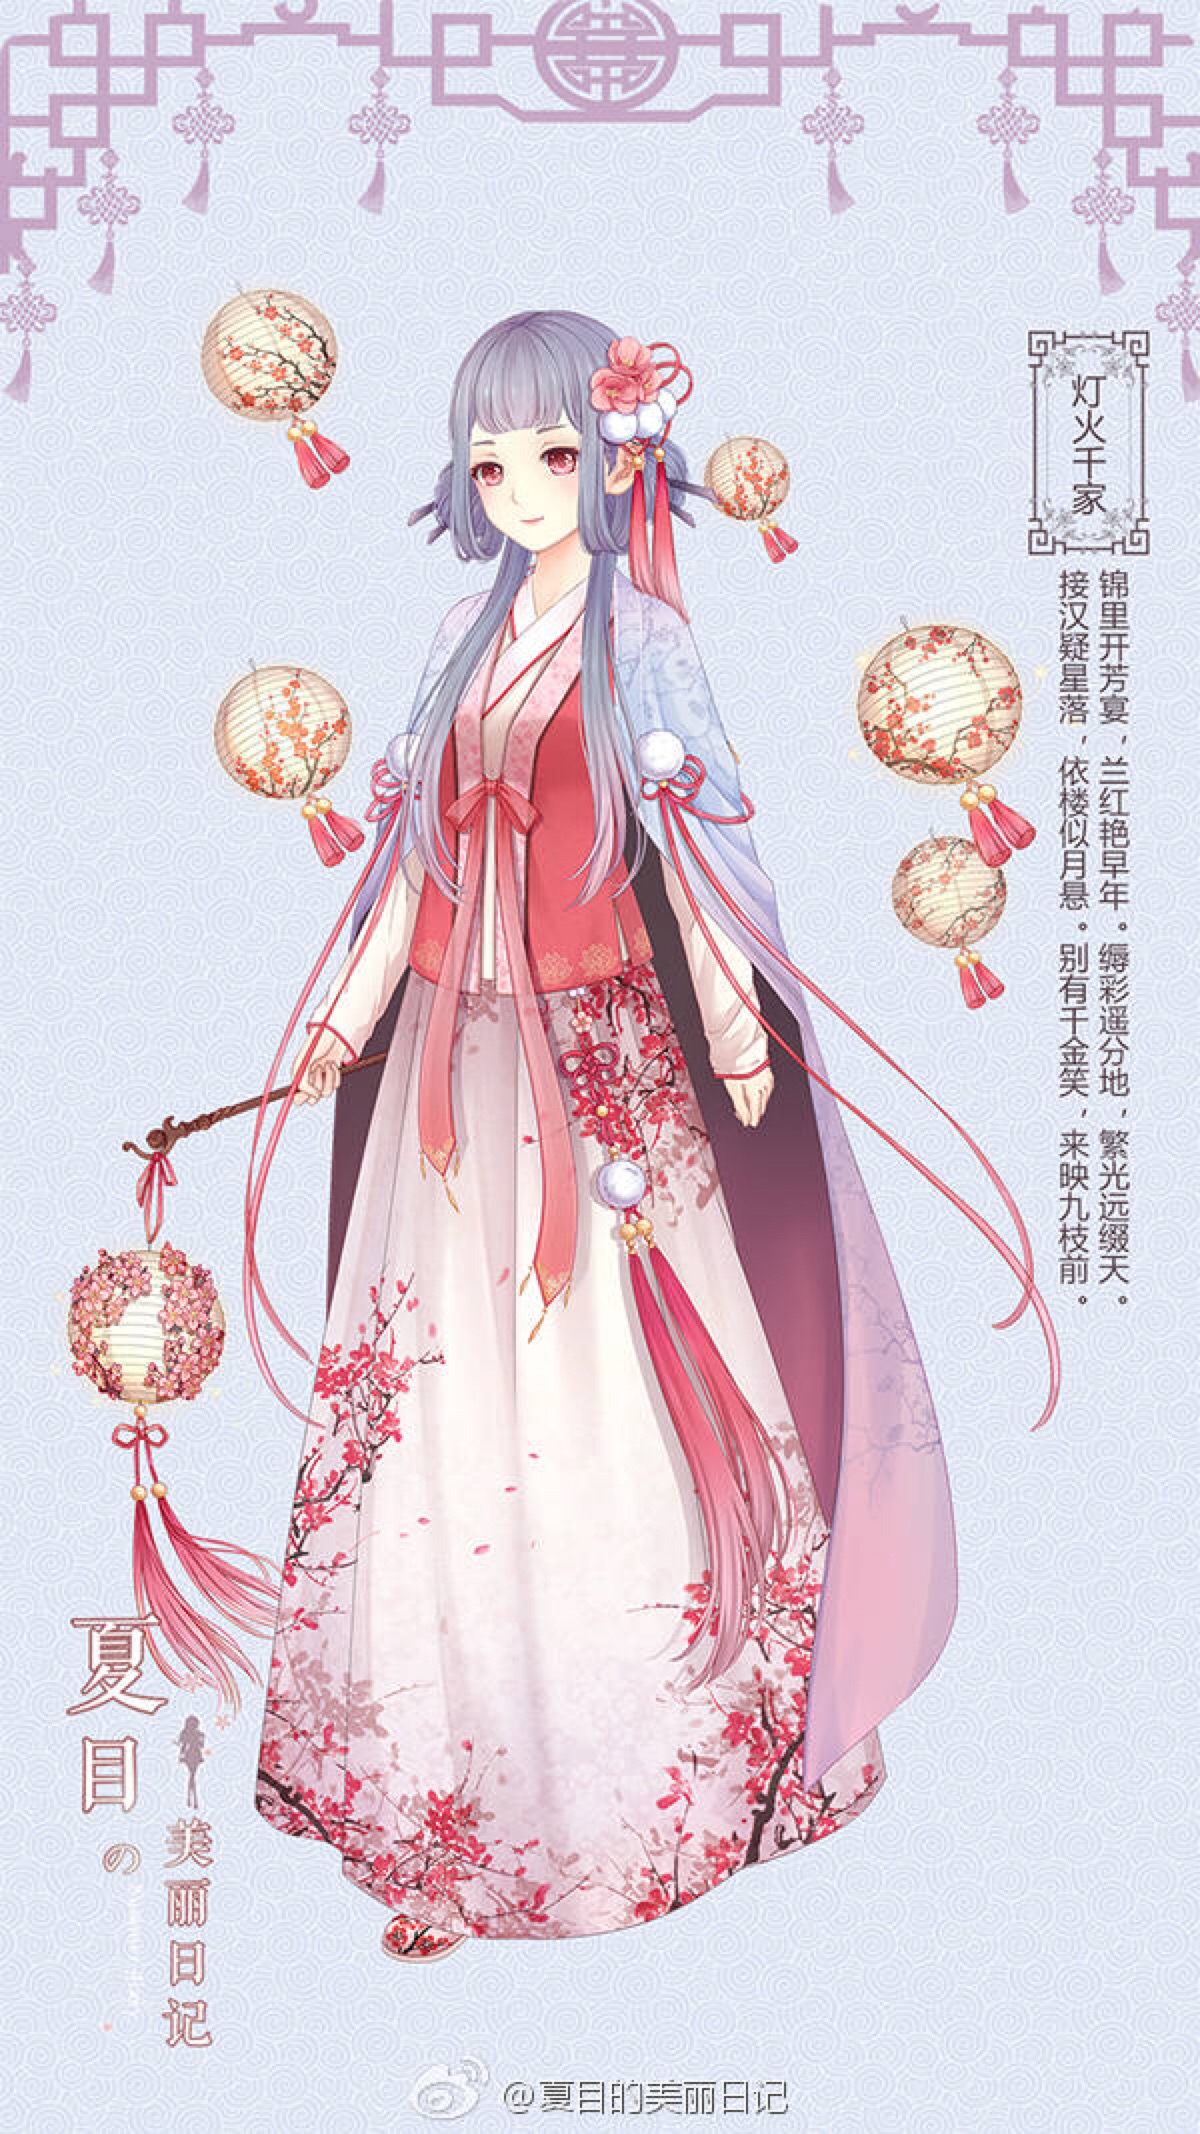
接汉疑星落，依楼似月悬。